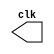
// ---------------------------------------
// Exercicio 02 - Guia 08
// Nome: Felipe Trres
// ---------------------------------------

//-----------------------------
// -- CLOCK
//-----------------------------
module clock ( clk );
	output clk;
	reg clk;
	initial begin
	   clk = 1'b0;
	end
	
	always begin
	   #12 clk = ~clk;
	end
endmodule //-- clock

// -------------------------
// -- FLIP FLOP D
// -------------------------
module FlipFlopD(q,qnot,data,clk);
	output q;
	output qnot;
	input data;
	input clk;
	
	reg q,qnot;
	
	initial begin
		q = 1'b0;
		qnot = 1'b1;
	end
	always @ (posedge clk)
		begin
		q <= data;	qnot <= ~q;
		end
			
endmodule //--FlipFlopD

// --------------------------------
// --  Registrador de deslocamento 
// ---------------------------------
module leftRegister (output [3:0]s, input d, input clk);

wire nots;
wire d1, d2, d3;
	
	FlipFlopD FF0 (s[0], nots, d, clk);

	or OR1 (d1, d, s[0]);
	FlipFlopD FF1 (s[1], nots, d1, clk);

	or OR2 (d2, d, s[1]);
	FlipFlopD FF2 (s[2], nots, d2, clk);

	or OR3 (d3, d, s[2]);
	FlipFlopD FF3 (s[3], nots, d3, clk);

	
endmodule//-- leftRegister

// -------------------------
// -- Teste
// -------------------------

module teste;

wire [3:0] saida;
reg d;
wire clock; 
clock clk ( clock ); 

leftRegister LF1 (saida, d, clock);
	
	initial begin
		
		$display("Exercicio 02 - Felipe Trres - 412738");
		$display("D CLOCK SAIDA");
		d = 1;
		$monitor("%1b    %1b    %4b", d, clock, saida);
		#23 d = 0;
		#120 $finish;
	end

endmodule //--Fim teste